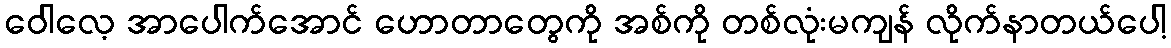
ဝေါလေ့ အာပေါက်အောင် ဟောတာတွေကို အစ်ကို တစ်လုံးမကျန် လိုက်နာတယ်ပေါ့